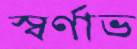
স্বর্ণাভ